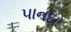
પાનદા